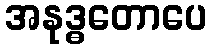
အနုဒ္ဓတောပေ